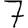
Digit: 7